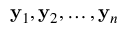
{ \bf y } _ { 1 } , { \bf y } _ { 2 } , \ldots , { \bf y } _ { n }